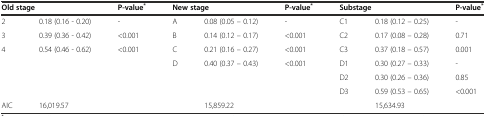
<table><thead><tr><td colspan="2"><b>Old stage</b></td><td><b>P-value<sup>*</sup></b></td><td colspan="2"><b>New stage</b></td><td><b>P-value<sup>*</sup></b></td><td colspan="2"><b>Substage</b></td><td><b>P-value<sup>*</sup></b></td></tr></thead><tbody><tr><td>2</td><td>0.18 (0.16 - 0.20)</td><td>-</td><td>A</td><td>0.08 (0.05 – 0.12)</td><td>-</td><td>C1</td><td>0.18 (0.12 – 0.25)</td><td>-</td></tr><tr><td>3</td><td>0.39 (0.36 - 0.42)</td><td>&lt;0.001</td><td>B</td><td>0.14 (0.12 – 0.17)</td><td>&lt;0.001</td><td>C2</td><td>0.17 (0.08 – 0.28)</td><td>0.71</td></tr><tr><td>4</td><td>0.54 (0.46 - 0.62)</td><td>&lt;0.001</td><td>C</td><td>0.21 (0.16 – 0.27)</td><td>&lt;0.001</td><td>C3</td><td>0.37 (0.18 – 0.57)</td><td>0.001</td></tr><tr><td></td><td></td><td></td><td>D</td><td>0.40 (0.37 – 0.43)</td><td>&lt;0.001</td><td>D1</td><td>0.30 (0.27 – 0.33)</td><td>-</td></tr><tr><td></td><td></td><td></td><td></td><td></td><td></td><td>D2</td><td>0.30 (0.26 – 0.36)</td><td>0.85</td></tr><tr><td></td><td></td><td></td><td></td><td></td><td></td><td>D3</td><td>0.59 (0.53 – 0.65)</td><td>&lt;0.001</td></tr><tr><td>AIC</td><td>16,019.57</td><td></td><td></td><td>15,859.22</td><td></td><td></td><td>15,634.93</td><td></td></tr></tbody></table>